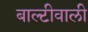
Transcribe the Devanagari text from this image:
बाल्टीवाली